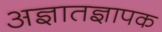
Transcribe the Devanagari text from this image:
अज्ञातज्ञापक